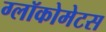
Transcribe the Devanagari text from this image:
ग्लॉकोमेटस